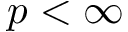
p < \infty